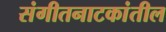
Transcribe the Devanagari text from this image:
संगीतनाटकांतील